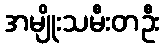
အမျိုးသမီးတဦး